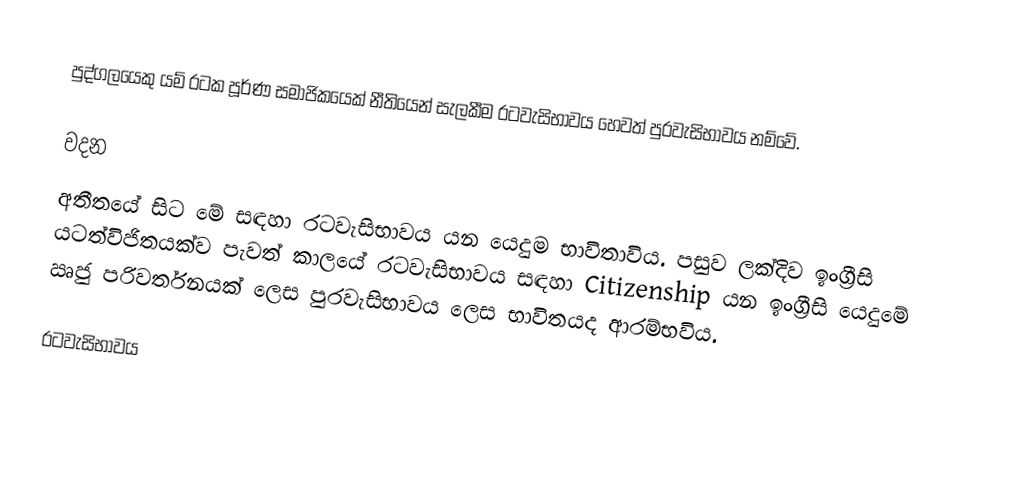
පුද්ගලයෙකු යම් රටක පූර්ණ සමාජිකයෙක් නීතියෙන් සැලකීම රටවැසිභාවය හෙවත් පුරවැසිභාවය නම්වේ.

වදන
අතීතයේ සිට මේ සඳහා ර‍ටවැසිභාවය යන යෙදුම භාවිතාවිය. පසුව ලක්දිව ඉංග්‍රීසි යටත්විජිතයක්ව පැවත් කාලයේ ර‍ටවැසිභාවය සඳහා Citizenship යන ඉංග්‍රීසි යෙදුමේ ඍජු පරිවර්තනයක් ලෙස පුරවැසිභාවය ලෙස භාවිතයද ආරම්භවිය.

ර‍ටවැසිභාවය